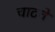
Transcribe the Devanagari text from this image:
चाटचे